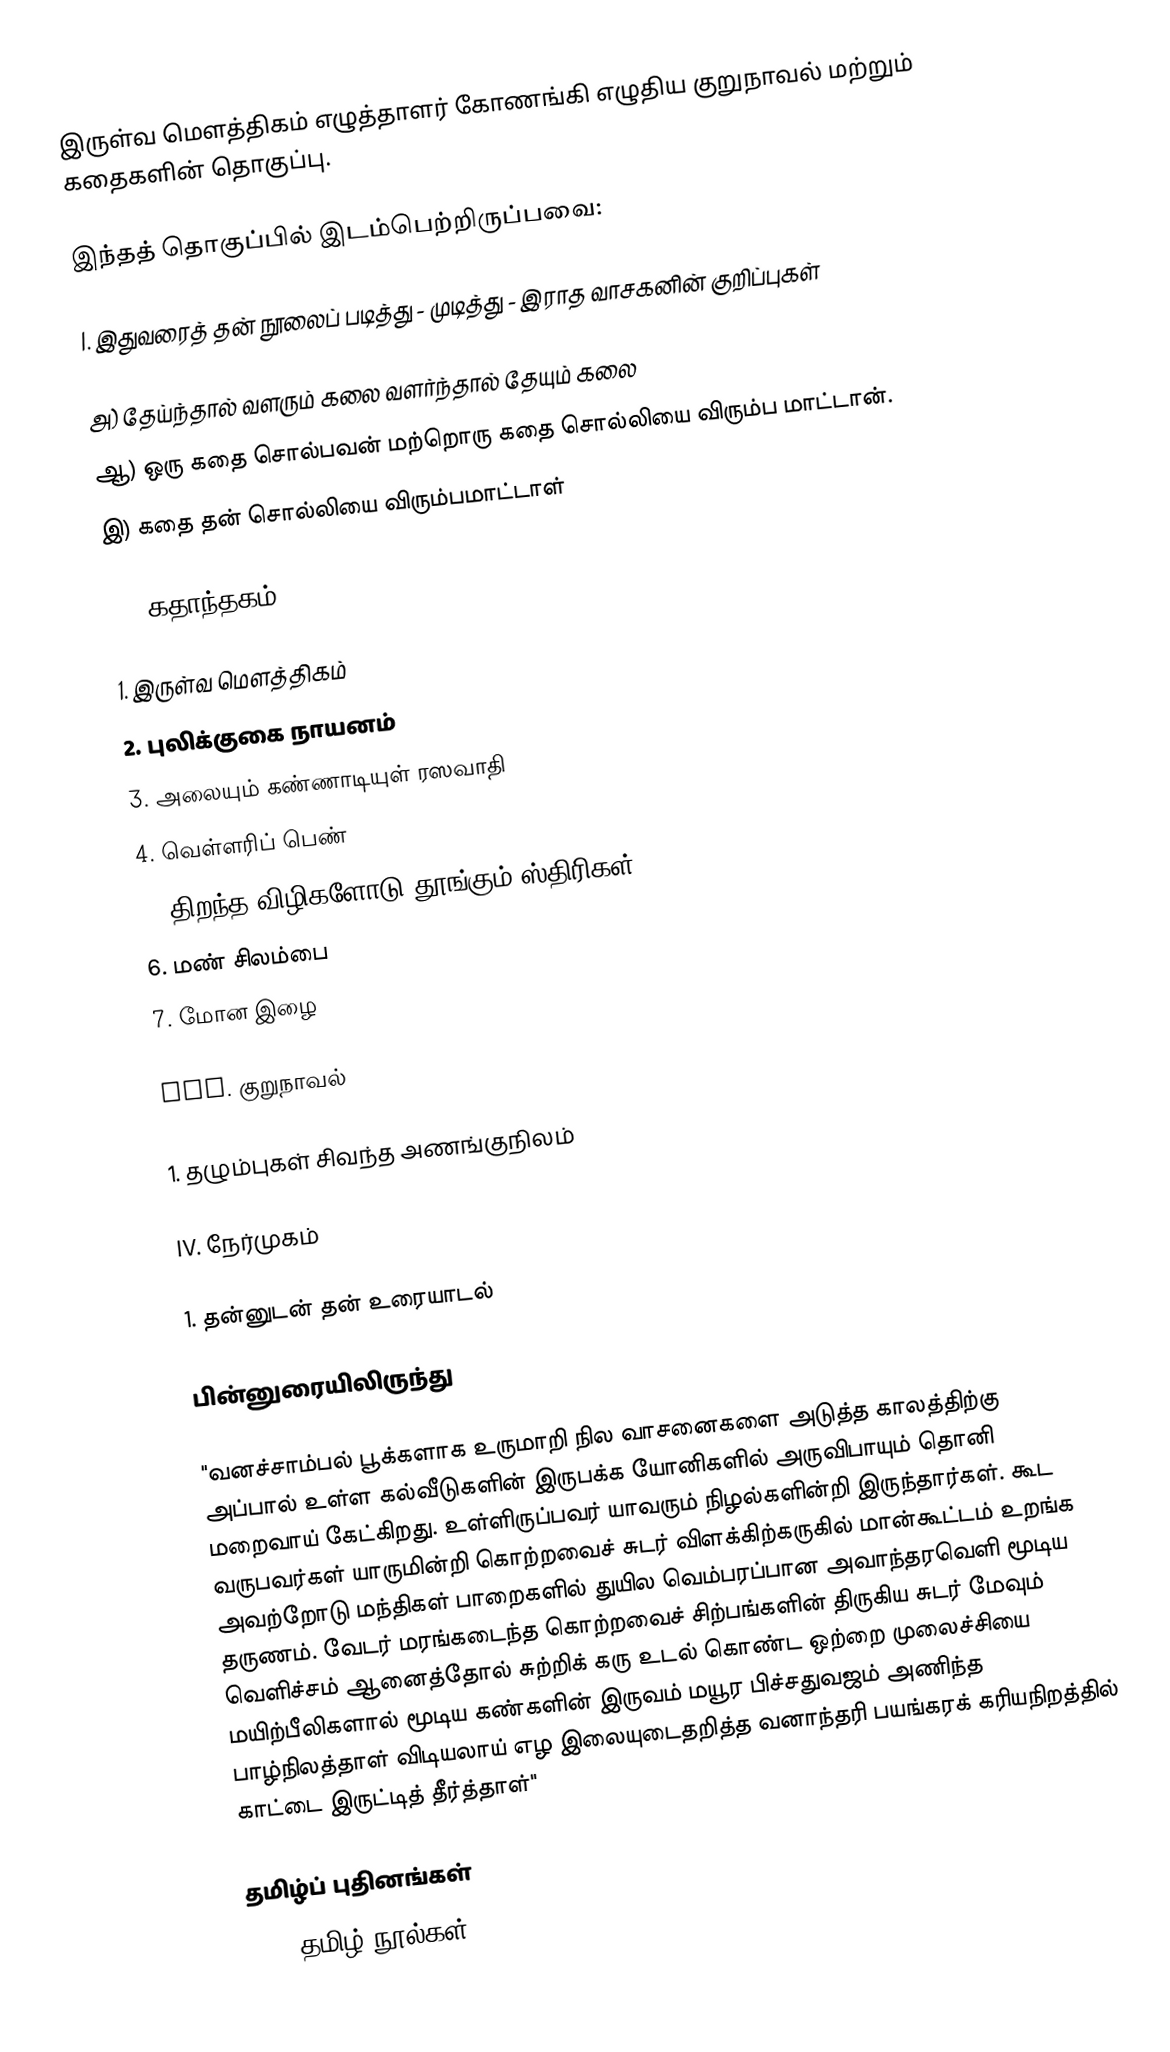
இருள்வ மௌத்திகம் எழுத்தாளர் கோணங்கி எழுதிய குறுநாவல் மற்றும் கதைகளின் தொகுப்பு.

இந்தத் தொகுப்பில் இடம்பெற்றிருப்பவை:

I. இதுவரைத் தன் நூலைப் படித்து - முடித்து - இராத வாசகனின் குறிப்புகள்

அ) தேய்ந்தால் வளரும் கலை வளர்ந்தால் தேயும் கலை
ஆ) ஒரு கதை சொல்பவன் மற்றொரு கதை சொல்லியை விரும்ப மாட்டான்.
இ) கதை தன் சொல்லியை விரும்பமாட்டாள்

II. கதாந்தகம்

1. இருள்வ மௌத்திகம்
2. புலிக்குகை நாயனம்
3. அலையும் கண்ணாடியுள் ரஸவாதி
4. வெள்ளரிப் பெண்
5. திறந்த விழிகளோடு தூங்கும் ஸ்திரிகள்
6. மண் சிலம்பை
7. மோன இழை

III. குறுநாவல்

1. தழும்புகள் சிவந்த அணங்குநிலம்

IV. நேர்முகம்

1. தன்னுடன் தன் உரையாடல்

பின்னுரையிலிருந்து

"வனச்சாம்பல் பூக்களாக உருமாறி நில வாசனைகளை அடுத்த காலத்திற்கு அப்பால் உள்ள கல்வீடுகளின் இருபக்க யோனிகளில் அருவிபாயும் தொனி மறைவாய் கேட்கிறது. உள்ளிருப்பவர் யாவரும் நிழல்களின்றி இருந்தார்கள். கூட வருபவர்கள் யாருமின்றி கொற்றவைச் சுடர் விளக்கிற்கருகில் மான்கூட்டம் உறங்க அவற்றோடு மந்திகள் பாறைகளில் துயில வெம்பரப்பான அவாந்தரவெளி மூடிய தருணம். வேடர் மரங்கடைந்த கொற்றவைச் சிற்பங்களின் திருகிய சுடர் மேவும் வெளிச்சம் ஆனைத்தோல் சுற்றிக் கரு உடல் கொண்ட ஒற்றை முலைச்சியை மயிற்பீலிகளால் மூடிய கண்களின் இருவம் மயூர பிச்சதுவஜம் அணிந்த பாழ்நிலத்தாள் விடியலாய் எழ இலையுடைதறித்த வனாந்தரி பயங்கரக் கரியநிறத்தில் காட்டை இருட்டித் தீர்த்தாள்"

தமிழ்ப் புதினங்கள்
2007 தமிழ் நூல்கள்